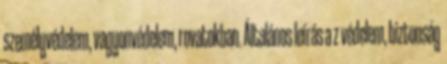
személyvédelem, vagyonvédelem, rovatokban. Általános leírás a z védelem, biztonság